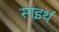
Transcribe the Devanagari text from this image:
साइर्थ